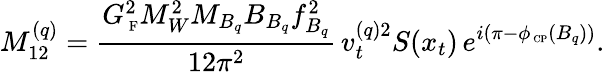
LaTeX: M_{12}^{(q)}=\frac{G_{\mathrm{{\scriptsize~F}}}^{2}M_{W}^{2}M_{B_{q}}B_{B_{q}}f_{B_{q}}^{2}}{12\pi^{2}}\, v_{t}^{(q)2}S(x_{t})\, e^{i\left(\pi-\phi_{\mathrm{{\scriptsize~CP}}}(B_{q})\right)}.